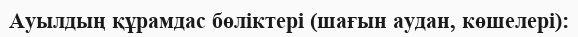
Ауылдың құрамдас бөліктері (шағын аудан, көшелері):